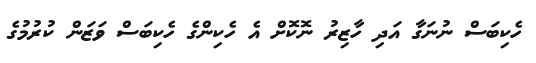
ހެކިބަސް ނުނަގާ އަދި ހާޒިރު ނޮކޮށް އެ ހެކިންގެ ހެކިބަސް ވަޒަން ކުރުމުގެ